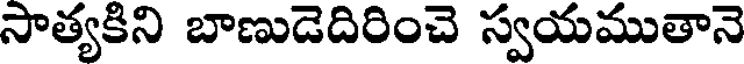
సాత్యకిని బాణుడెదిరించె స్వయముతానె